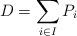
LaTeX: \begin{align*}D = \sum_{i \in I} P_i\end{align*}